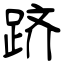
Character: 跻